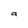
Character: a